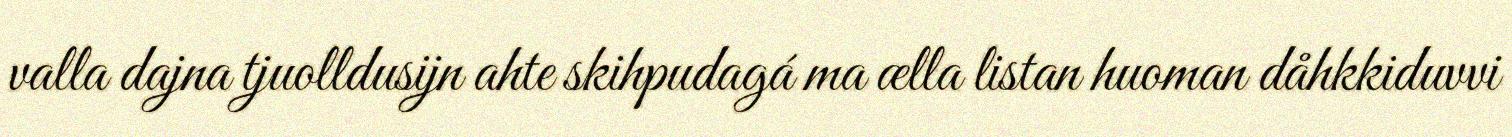
valla dajna tjuolldusijn ahte skihpudagá ma ælla listan huoman dåhkkiduvvi